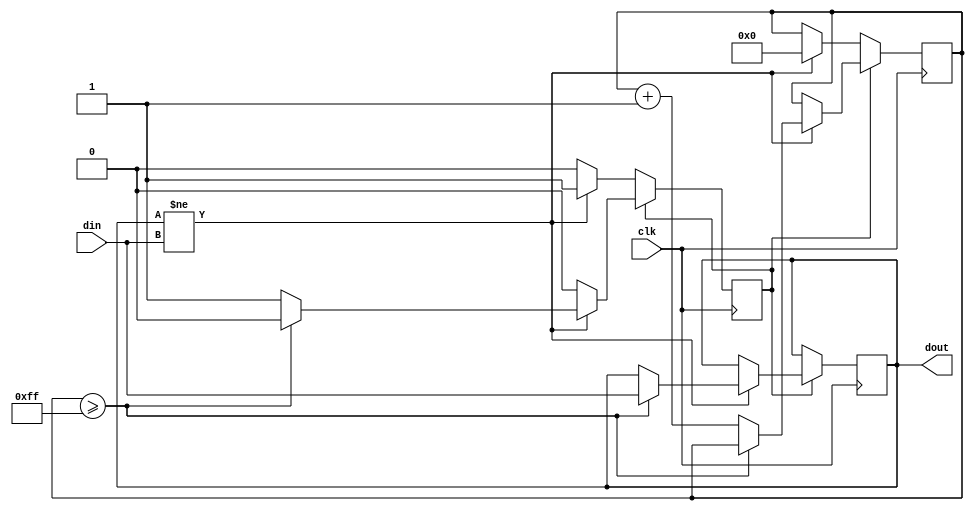
`timescale 1ns / 1ps
`default_nettype none

module debouncer #(
    parameter WIDTH = 1,
    parameter CLOCKS = 256,
    parameter CLOCKS_CLOG2 = 8
) (
    input  wire clk,
    input  wire [WIDTH-1:0] din,
    output wire [WIDTH-1:0] dout
);
    genvar i;
    generate for (i=0; i<WIDTH; i=i+1) begin : IDX
        reg [CLOCKS_CLOG2-1:0] count = 'b0;
        reg transitioning = 1'b0;
        reg data = 1'b0;
        always@(posedge clk)
            if (transitioning == 1'b1)
                if (data != din[i])
                    if (count >= CLOCKS-1) begin
                        data <= din[i];
                        transitioning <= 1'b0;
                    end else
                        count <= count + 1'b1;
                else
                    transitioning <= 1'b0;
            else if (data != din[i]) begin
                count <= 'b0;
                transitioning <= 1'b1;
            end
        assign dout[i] = data;
    end endgenerate
endmodule